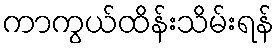
ကာကွယ်ထိန်းသိမ်းရန်